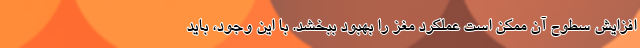
افزایش سطوح آن ممکن است عملکرد مغز را بهبود ببخشد. با این وجود، باید